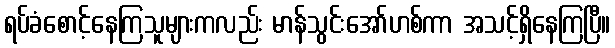
ရပ်ခံစောင့်နေကြသူများကလည်း မာန်သွင်းအော်ဟစ်ကာ အသင့်ရှိနေကြပြီ။